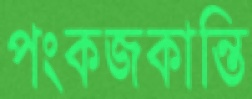
পংকজকান্তি